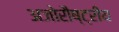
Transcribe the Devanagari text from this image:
अजोरौष्ट्रीय